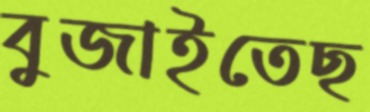
বুজাইতেছ